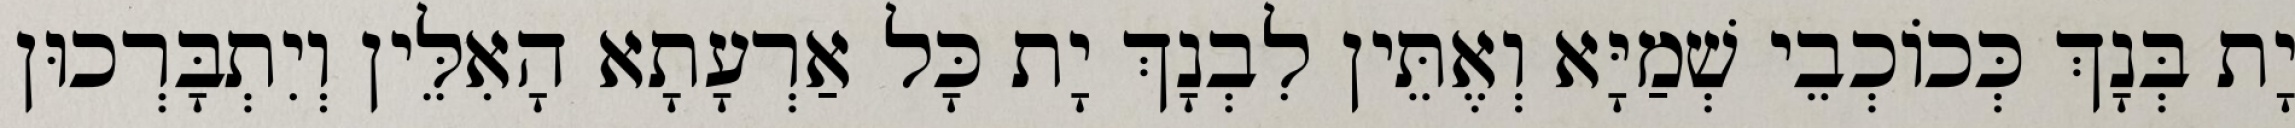
יָת בְּנָךְ כְּכוֹכְבֵי שְׁמַיָּא וְאֶתֵּין לִבְנָךְ יָת כָּל אַרְעָתָא הָאִלֵּין וְיִתְבָּרְכוּן